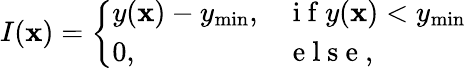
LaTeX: I(\mathbf{x})=\left\{ \begin{array}{ll}{y(\mathbf{x})-y_{\operatorname*{min}},}&{\mathrm{~i~f~}y(\mathbf{x})<y_{\operatorname*{min}}}\\ {0,}&{\mathrm{~e~l~s~e~},}\end{array}\right.